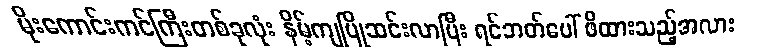
မိုးကောင်းကင်ကြီးတစ်ခုလုံး နိမ့်ကျပြိုဆင်းလာပြီး ရင်ဘတ်ပေါ် ဖိထားသည့်အလား